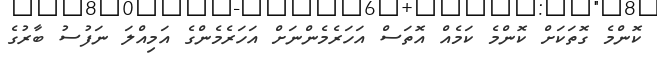
ކޮންމެ ގޮތަކަށް ކޮންމެ ކަމެއް އޮތަސް އަހަރެމެންނަށް އަހަރެމެންގެ އަމިއްލަ ނަފުސު ބާރުގެ